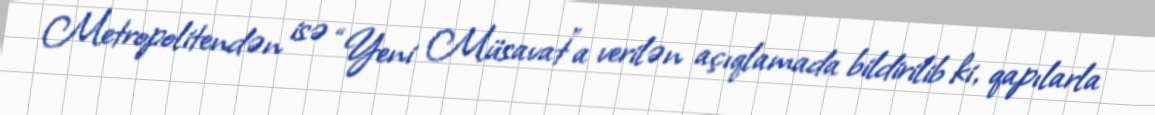
Metropolitendən isə “Yeni Müsavat”a verilən açıqlamada bildirilib ki, qapılarla